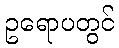
ဥရောပတွင်